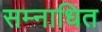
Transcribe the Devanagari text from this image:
सम्नाधित